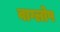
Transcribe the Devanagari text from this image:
वाग्लोप